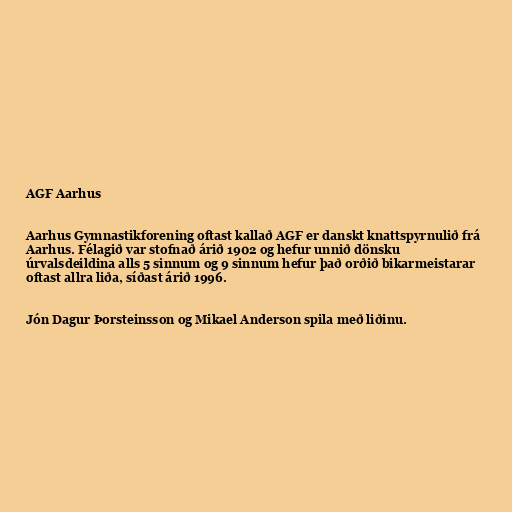
AGF Aarhus

Aarhus Gymnastikforening oftast kallað AGF er danskt knattspyrnulið frá
Aarhus. Félagið var stofnað árið 1902 og hefur unnið dönsku
úrvalsdeildina alls 5 sinnum og 9 sinnum hefur það orðið bikarmeistarar
oftast allra liða, síðast árið 1996.

Jón Dagur Þorsteinsson og Mikael Anderson spila með liðinu.